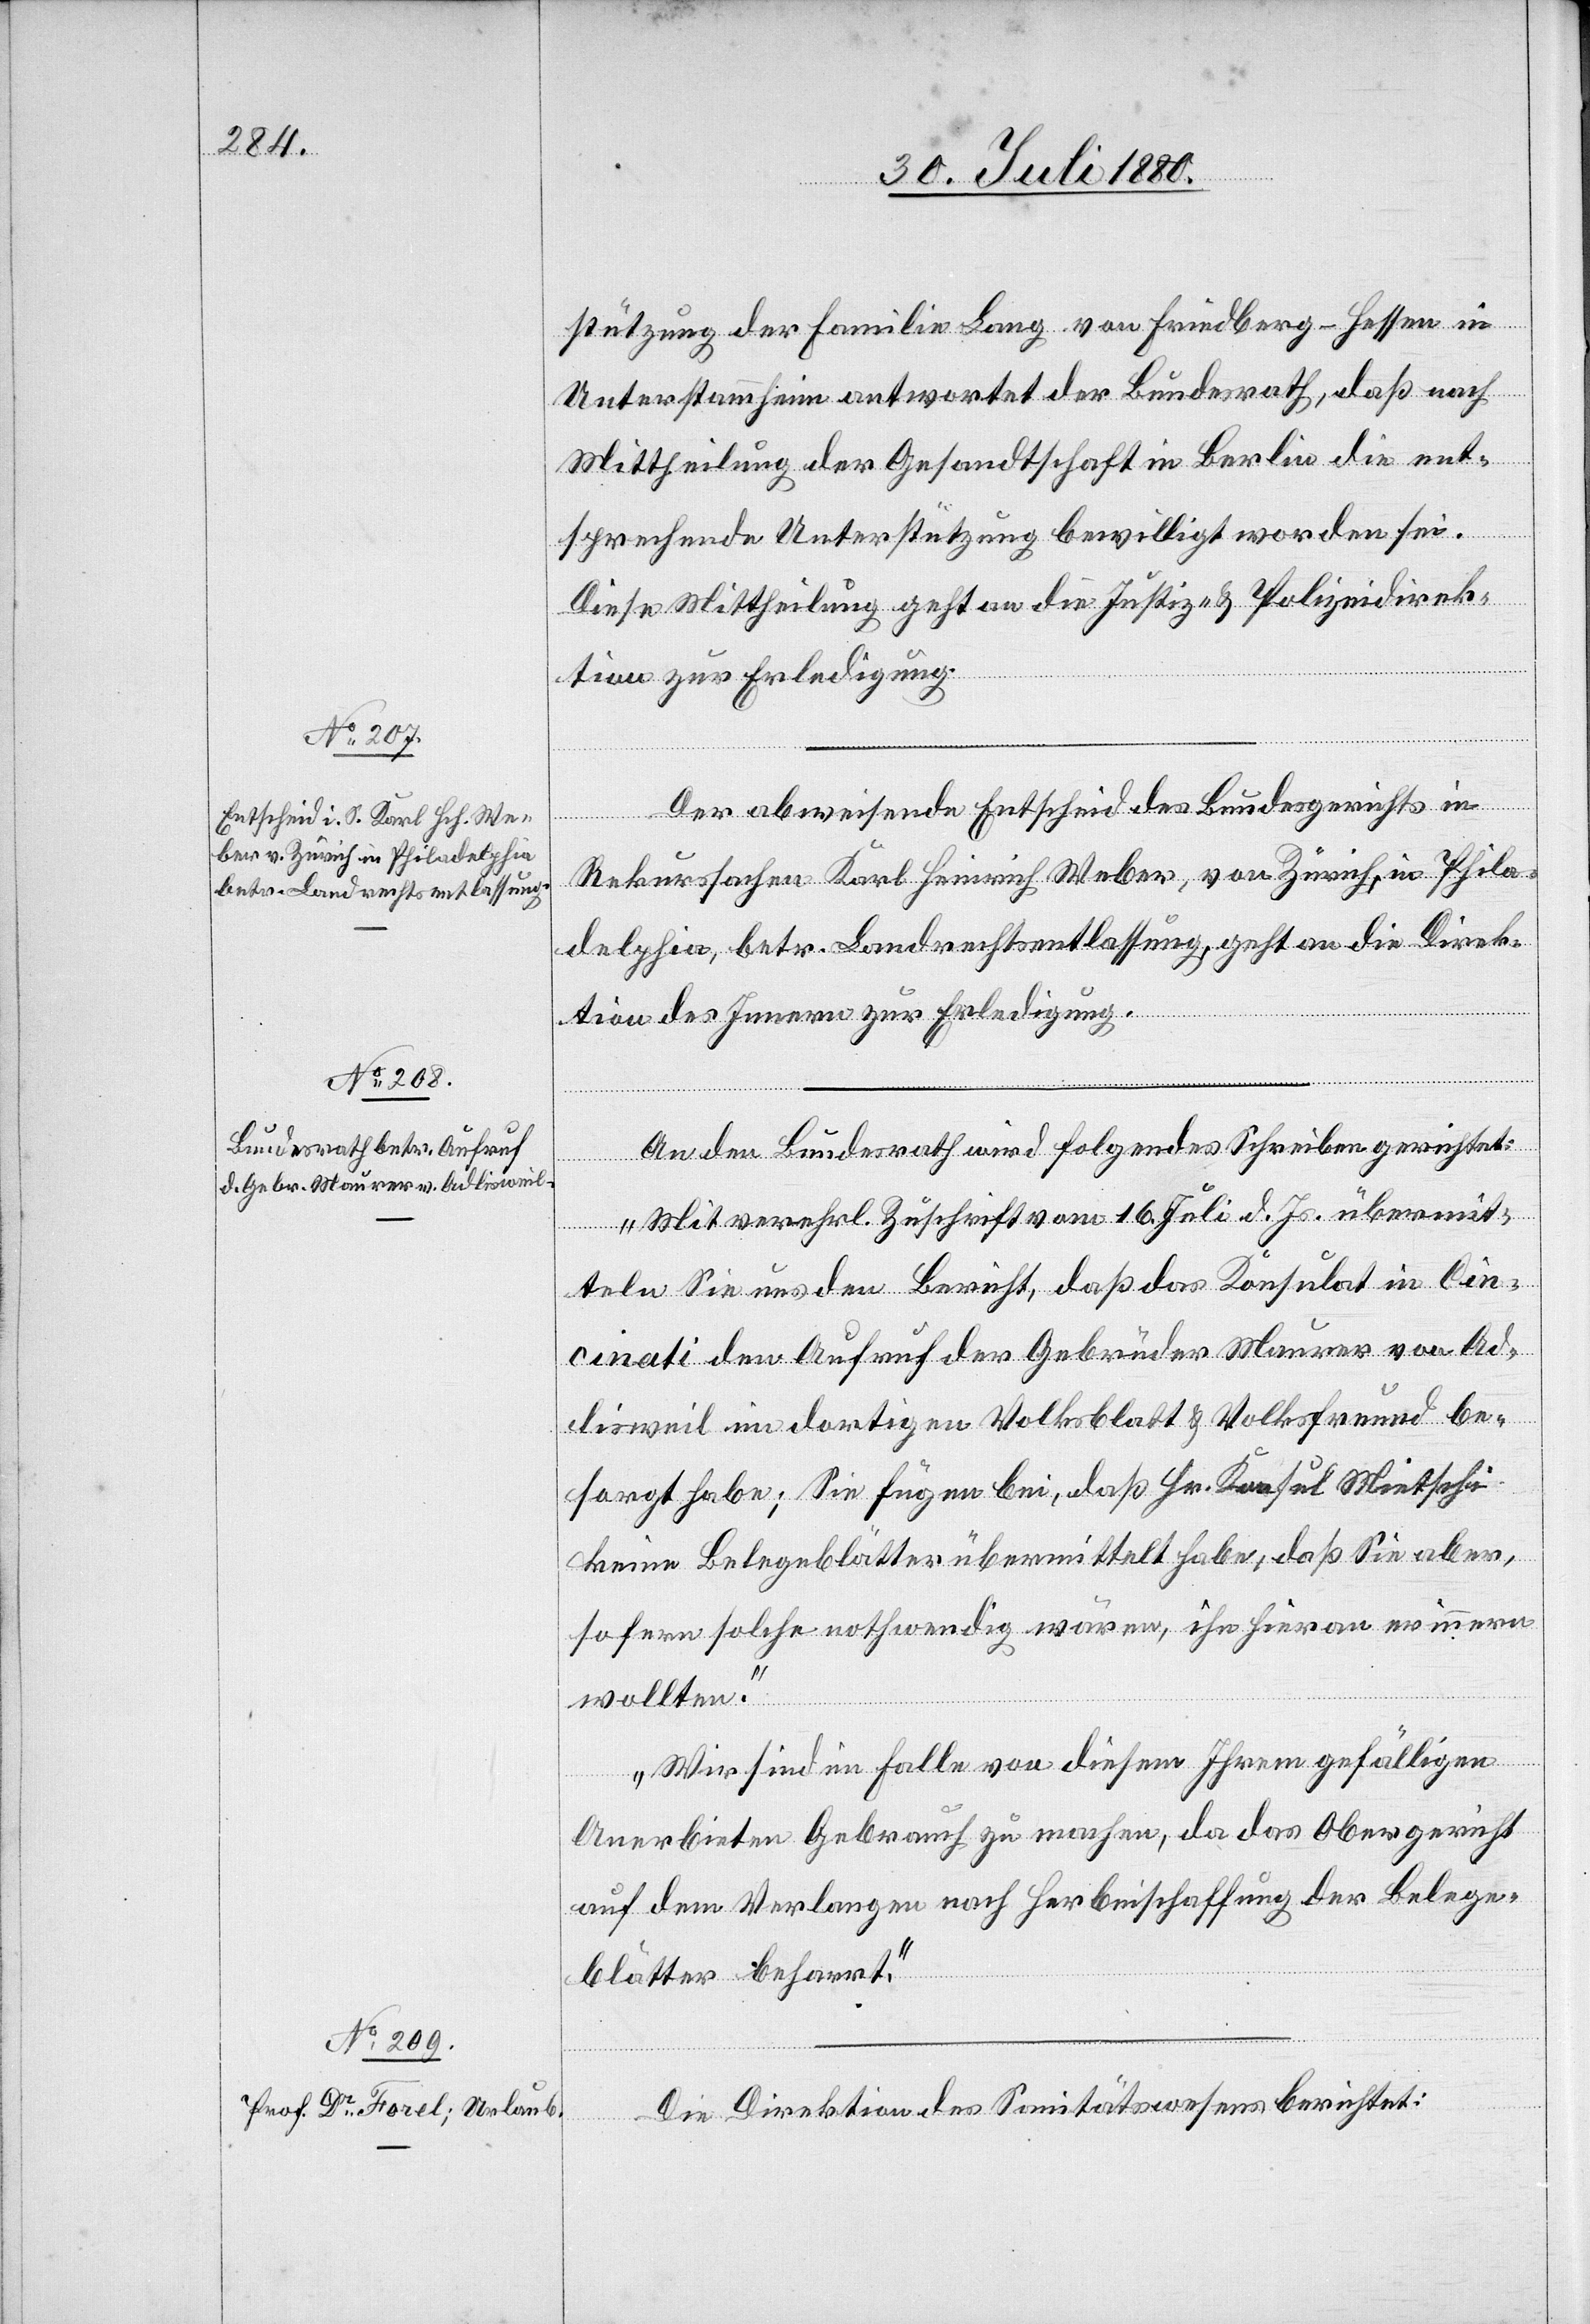
des
stützung der Familie Lang von Friedberg - Hessen in
Unterstammheim antwortet der Bundesrath, daß nach
Mittheilung der Gesandtschaft in Berlin die ent¬
sprechende Unterstützung bewilligt worden sei.
Diese Mittheilung geht an die Justiz- & Polizeidirek¬
tion zur Erledigung.
Der abweisende Entscheid des Bundesgerichts in
Rekurssachen Karl Heinrich Weber, von Zürich, in Phila¬
delphia, betr. Landrechtsentlassung, geht an die Direk¬
tion des Innern zu Erledigung.
An den Bundesrath wird folgendes Schreiben gerichtet:
„Mit verehrl. Zuschrift vom 16. Juli d. Js. übermit¬
teln Sie uns den Bericht, daß das Konsulat in Cin¬
cinati den Aufruf der Gebrüder Maurer von Ad¬
lisweil im dortigen Volksblatt & Volksfreund be¬
sorgt habe; Sie fügen bei, daß Hr. Konsul Wietschi
keine Belegeblätter übermittelt habe, daß Sie aber,
sofern solche nothwendig wären, ihn hieran erinnern
wollten.
Wir sind im Falle von diesem Ihrem gefälligen
Anerbieten Gebrauch zu machen, da das Obergericht
auf dem Verlangen nach Herbeischaffung der Beleg¬
blätter beharrt.“